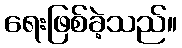
ရေးဖြစ်ခဲ့သည်။